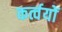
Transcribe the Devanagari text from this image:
कर्त्वयों